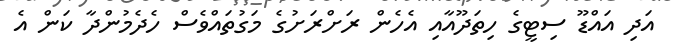
އަދި އައްޑޫ ސިޓީގެ ހިތަދޫއާއި އެހެން ރަށްރަށުގެ މަގުތައްވެސް ހެދެމުންދާ ކަން އެ